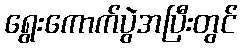
ရွေးကောက်ပွဲအပြီးတွင်